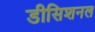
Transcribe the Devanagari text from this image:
डीसिशनल